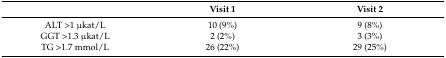
<table><thead><tr><td></td><td><b>Visit 1</b></td><td><b>Visit 2</b></td></tr></thead><tbody><tr><td>ALT &gt;1 μkat/L</td><td>10 (9%)</td><td>9 (8%)</td></tr><tr><td>GGT &gt;1.3 μkat/L</td><td>2 (2%)</td><td>3 (3%)</td></tr><tr><td>TG &gt;1.7 mmol/L</td><td>26 (22%)</td><td>29 (25%)</td></tr></tbody></table>